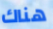
هناك